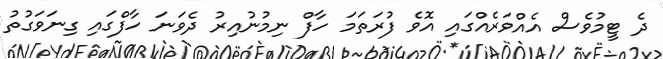
ދެ ޓީމުވެސް އެއްވަރެއްގައި އޮވެ ފުރަތަމަ ހާފް ނިމުނުއިރު ދެވަނަ ހާފްގައި ގިނަވަގުތު